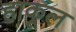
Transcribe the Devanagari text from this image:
हाकूल